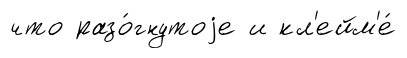
что разо́гнутоjе и кл'ейм'е́